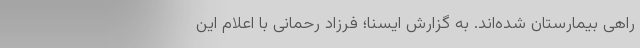
راهی بیمارستان شده‌اند. به گزارش ایسنا؛ فرزاد رحمانی با اعلام این